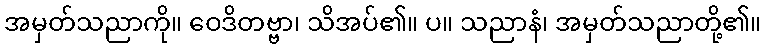
အမှတ်သညာကို။ ဝေဒိတဗ္ဗာ၊ သိအပ်၏။ ပ။ သညာနံ၊ အမှတ်သညာတို့၏။